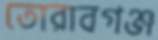
তোরাবগঞ্জ